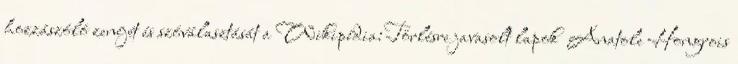
hozzászóló zenéjét és szóválasztását a Wikipédia:Törlésre javasolt lapok Anatole Hongrois